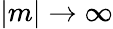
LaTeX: |m|\rightarrow\infty